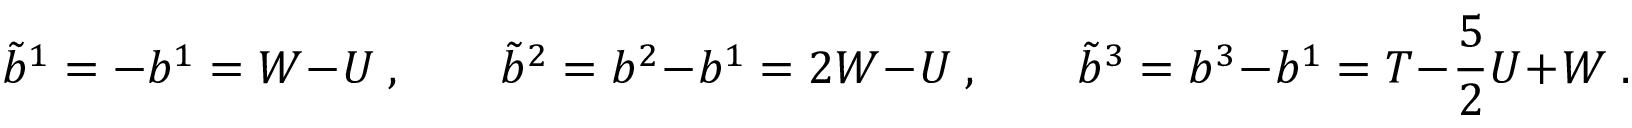
\tilde { b } ^ { 1 } = - b ^ { 1 } = W - U \; , \qquad \tilde { b } ^ { 2 } = b ^ { 2 } - b ^ { 1 } = 2 W - U \; , \qquad \tilde { b } ^ { 3 } = b ^ { 3 } - b ^ { 1 } = T - \frac { 5 } { 2 } U + W \; .